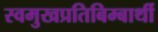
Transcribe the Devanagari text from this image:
स्वमुखप्रतिबिम्बार्थी